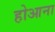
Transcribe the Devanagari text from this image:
होआना